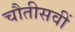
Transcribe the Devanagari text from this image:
चौतीसवीं